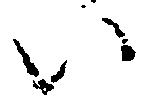
い